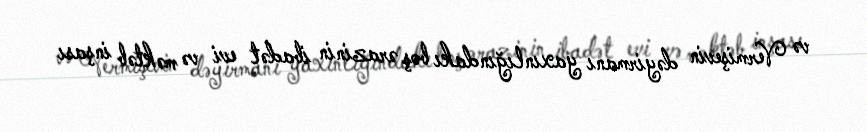
və Vermişevin dəyirmanı yaxınlığındakı boş ərazinin ibadət evi və məktəb inşası